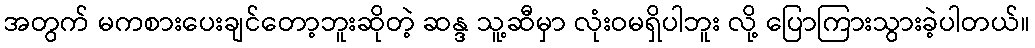
အတွက် မကစားပေးချင်တော့ဘူးဆိုတဲ့ ဆန္ဒ သူ့ဆီမှာ လုံးဝမရှိပါဘူး လို့ ပြောကြားသွားခဲ့ပါတယ်။